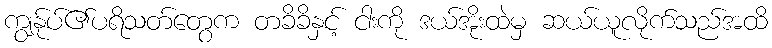
ကျွန်ုပ်၏ပရိသတ်တွေက တခိခိနှင့် ငါးကို ဒယ်အိုးထဲမှ ဆယ်ယူလိုက်သည်အထိ